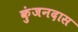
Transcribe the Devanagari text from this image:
कुंजनदास